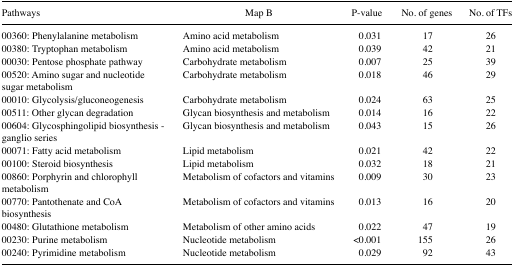
| Pathways | Map B | P-value | No. of genes | No. of TFs |
 | --- | --- | --- | --- | --- |
 | 00360: Phenylalanine metabolism | Amino acid metabolism | 0.031 | 17 | 26 |
 | 00380: Tryptophan metabolism | Amino acid metabolism | 0.039 | 42 | 21 |
 | 00030: Pentose phosphate pathway | Carbohydrate metabolism | 0.007 | 25 | 39 |
 | 00520: Amino sugar and nucleotide sugar metabolism | Carbohydrate metabolism | 0.018 | 46 | 29 |
 | 00010: Glycolysis/gluconeogenesis | Carbohydrate metabolism | 0.024 | 63 | 25 |
 | 00511: Other glycan degradation | Glycan biosynthesis and metabolism | 0.014 | 16 | 22 |
 | 00604: Glycosphingolipid biosynthesis - ganglio series | Glycan biosynthesis and metabolism | 0.043 | 15 | 26 |
 | 00071: Fatty acid metabolism | Lipid metabolism | 0.021 | 42 | 22 |
 | 00100: Steroid biosynthesis | Lipid metabolism | 0.032 | 18 | 21 |
 | 00860: Porphyrin and chlorophyll metabolism | Metabolism of cofactors and vitamins | 0.009 | 30 | 23 |
 | 00770: Pantothenate and CoA biosynthesis | Metabolism of cofactors and vitamins | 0.013 | 16 | 20 |
 | 00480: Glutathione metabolism | Metabolism of other amino acids | 0.022 | 47 | 19 |
 | 00230: Purine metabolism | Nucleotide metabolism | <0.001 | 155 | 26 |
 | 00240: Pyrimidine metabolism | Nucleotide metabolism | 0.029 | 92 | 43 |